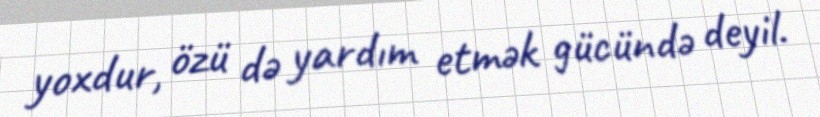
yoxdur, özü də yardım etmək gücündə deyil.